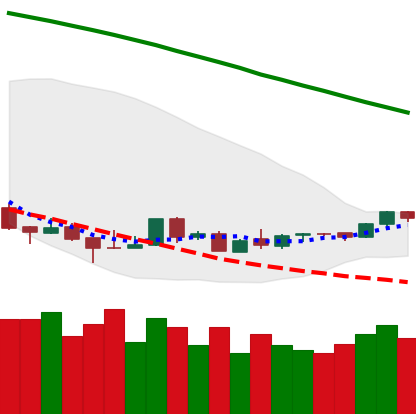
Ticker: LTC-USD
Chart end date: 2018-08-29
Forward return: 5.838%
Label: up_5_7